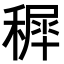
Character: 𥡖